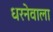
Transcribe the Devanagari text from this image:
धरनेवाला